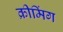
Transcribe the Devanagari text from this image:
क्रीमिंग